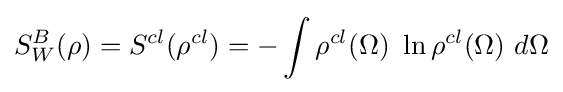
S_{W}^{B}(\rho )=S^{cl}(\rho ^{cl})=-\int \rho ^{cl}(\Omega )\ \ln \rho ^{cl}(\Omega )\ d\Omega